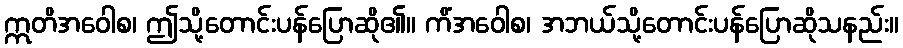
ဣတိအဝေါစ၊ ဤသို့တောင်းပန်ပြောဆို၏။ ကိံအဝေါစ၊ အဘယ်သို့တောင်းပန်ပြောဆိုသနည်း။